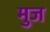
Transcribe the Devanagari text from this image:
मुज